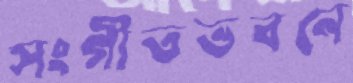
সংগীতভবনে